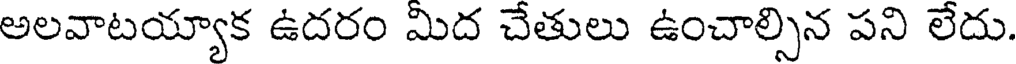
అలవాటయ్యాక ఉదరం మిద చేతులు ఉంచాల్సిన పని లేదు.